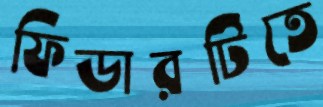
ফিডারটিতে